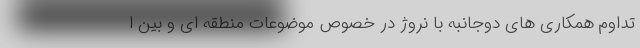
تداوم همکاری های دوجانبه با نروژ در خصوص موضوعات منطقه ای و بین ا